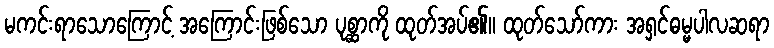
မကင်းရာသောကြောင့် အကြောင်းဖြစ်သော ပုစ္ဆာကို ထုတ်အပ်၏။ ထုတ်သော်ကား အရှင်ဓမ္မပါလဆရာ